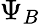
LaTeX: \Psi_{B}